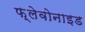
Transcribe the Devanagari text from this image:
फ़्लेवोनाइड